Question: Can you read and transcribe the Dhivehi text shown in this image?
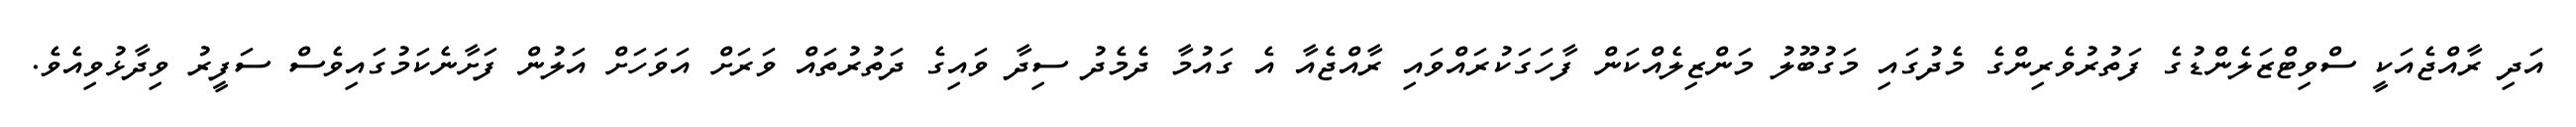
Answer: އަދި ރާއްޖެއަކީ ސްވިޓްޒަލެންޑުގެ ފަތުރުވެރިންގެ މެދުގައި މަގުބޫލު މަންޒިލެއްކަން ފާހަގަކުރައްވައި ރާއްޖެއާ އެ ގައުމާ ދެމެދު ސިދާ ވައިގެ ދަތުރުތައް ވަރަށް އަވަހަށް އަލުން ފަށާނެކަމުގައިވެސް ސަފީރު ވިދާޅުވިއެވެ.